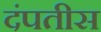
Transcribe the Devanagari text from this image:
दंपतीस